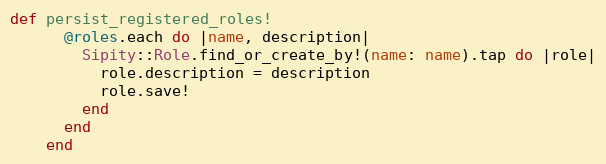
Language: Ruby
def persist_registered_roles!
      @roles.each do |name, description|
        Sipity::Role.find_or_create_by!(name: name).tap do |role|
          role.description = description
          role.save!
        end
      end
    end